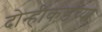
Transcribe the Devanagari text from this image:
दोन्हीकडच्या